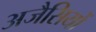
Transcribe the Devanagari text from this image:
अजैसियों